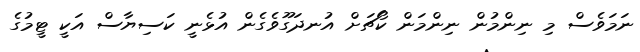
ނަމަވެސް މި ނިންމުން ނިންމަން ކޯޗަށް އުނދަގޫވެގެން އުޅެނީ ކަސިޔާސް އަކީ ޓީމުގެ